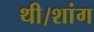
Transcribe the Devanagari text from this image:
थी।शांग